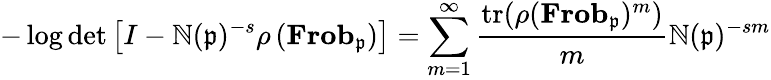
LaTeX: -\log\operatorname*{det}\left[I-\mathbb{N}({\mathfrak{{p}}})^{-s}\rho\left(\mathbf{{Frob}}_{\mathfrak{{p}}}\right)\right]=\sum_{m=1}^{\infty}{\frac{{{\mathrm{{tr}}}(\rho(\mathbf{{Frob}}_{\mathfrak{{p}}})^{m})}}{{m}}}\mathbb{N}({\mathfrak{{p}}})^{-sm}